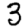
Digit: 3